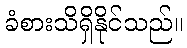
ခံစားသိရှိနိုင်သည်။